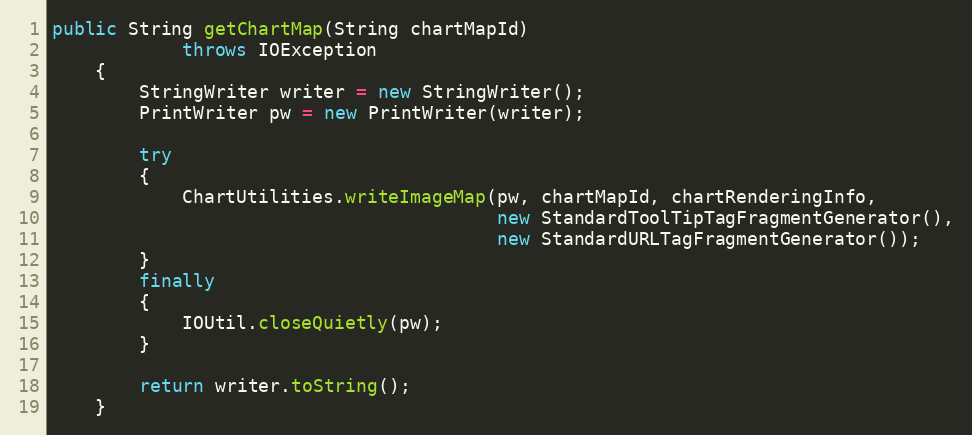
Language: Java
public String getChartMap(String chartMapId)
			throws IOException
	{
		StringWriter writer = new StringWriter();
		PrintWriter pw = new PrintWriter(writer);

		try
		{
			ChartUtilities.writeImageMap(pw, chartMapId, chartRenderingInfo,
										 new StandardToolTipTagFragmentGenerator(),
										 new StandardURLTagFragmentGenerator());
		}
		finally
		{
			IOUtil.closeQuietly(pw);
		}

		return writer.toString();
	}